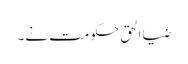
ضیا الحق حکومت نے۔